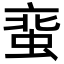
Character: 𧋲